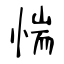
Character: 惴